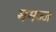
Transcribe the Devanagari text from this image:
ममज्ज